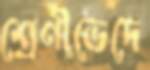
শ্রেণীভেদে